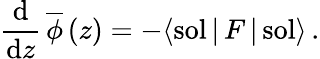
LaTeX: \frac{\mathrm{d}}{\mathrm{d}z}\, {\overline{{\phi}}}\, (z)=-\langle\mathrm{sol}\, |\, F\, |\, \mathrm{sol}\rangle\, .